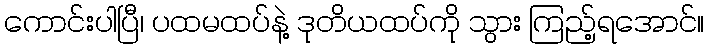
ကောင်းပါပြီ၊ ပထမထပ်နဲ့ ဒုတိယထပ်ကို သွား ကြည့်ရအောင်။